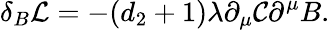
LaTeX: \delta_{B}{\cal L}=-(d_{2}+1)\lambda\partial_{\mu}{\cal C}\partial^{\mu}B.